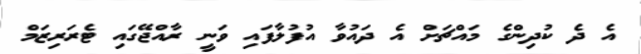
އެ ދެ ކުދިންގެ މައްޗަށް އެ ދައުވާ އުފުލާފައި ވަނީ ރާއްޖޭގައި ޓެރަރިޒަމް